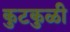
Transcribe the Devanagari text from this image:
कुटकुळी